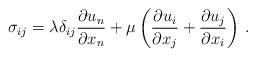
LaTeX: \begin{align*} {\sigma_{ij}} = \lambda \delta_{ij} \frac{\partial {u_n}}{\partial x_n} + \mu \left( \frac{\partial {u_i}}{\partial x_j} + \frac{\partial {u_j}}{\partial x_i} \right) \, .\end{align*}